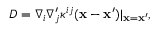
\begin{array} { r } { D = \nabla _ { i } \nabla _ { j } ^ { \prime } \kappa ^ { i j } ( { \bf x } - { \bf x } ^ { \prime } ) \vert _ { { \bf x } = { \bf x } ^ { \prime } } , } \end{array}